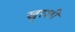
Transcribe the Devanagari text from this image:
खुरशी